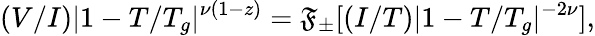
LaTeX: (V/I)|1-T/T_{g}|^{\nu(1-z)}=\mathfrak{F}_{\pm}[(I/T)|1-T/T_{g}|^{-2\nu}],